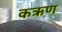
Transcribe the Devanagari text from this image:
कऋण